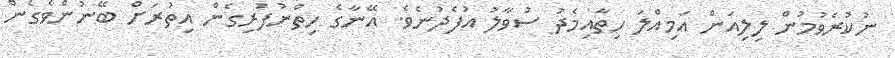
ނުކުރެވުމުން ލިލިއަން އަމިއްލަ ހިތާއިމެދު ސުވާލު އުފެދުނެވެ. އޭނާގެ ހިތްނުފުރިގެން އިތުރަށް ބޭނުންވެގެން